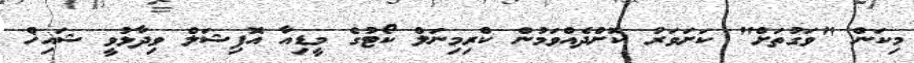
މިކަން "ވަގުތަށް" ކަށަވަރު ކޮށްދެއްވަމުން ކްރިމިނަލް ކޯޓުގެ މީޑިއާ އޮފިޝަލް ވިދާޅުވީ ޝައިޚް